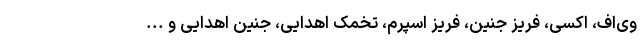
‌وی‌اف، اکسی، فریز جنین، فریز اسپرم، تخمک اهدایی، جنین اهدایی و ...